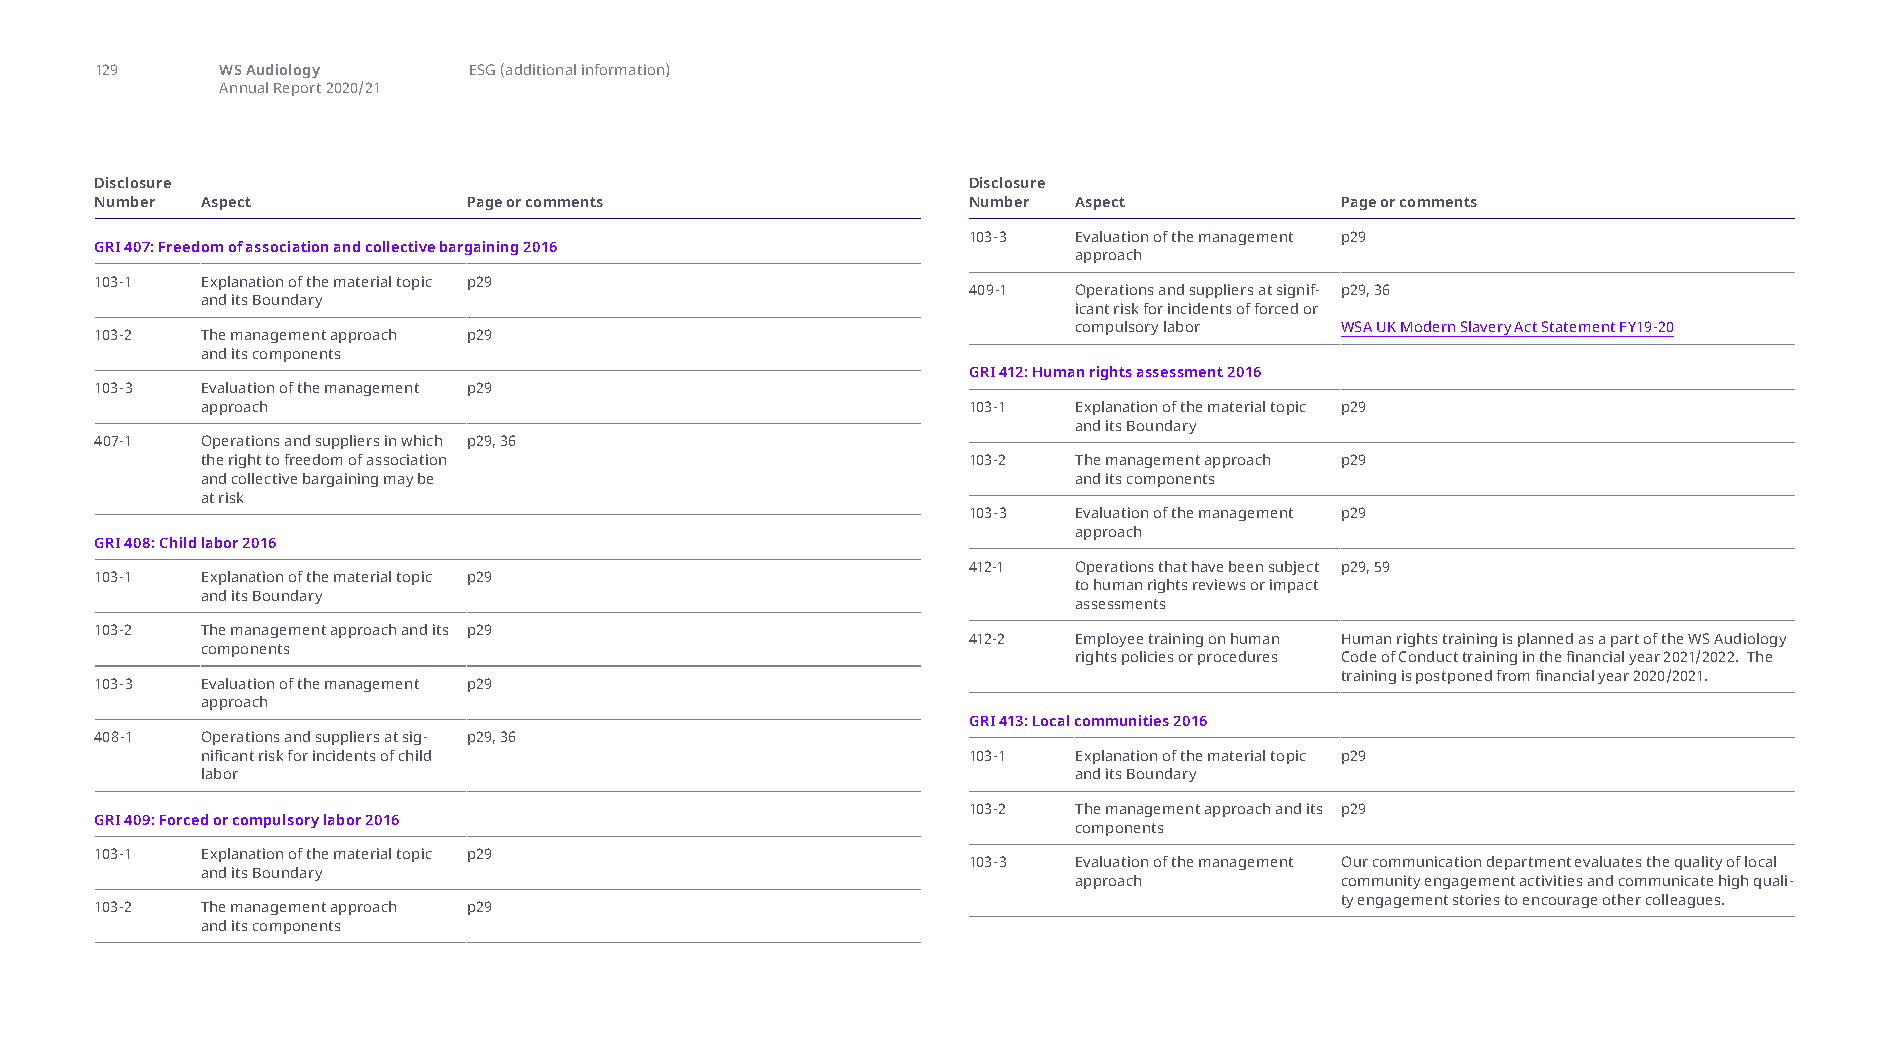
129      WS Audiology    ESG (additional information)
 Annual Report 2020/21
 Disclosure                                                Disclosure
 Number Aspect            Page or comments                 Number Aspect            Page or comments
 103-3  Evaluation of the management p29
 GRI 407: Freedom of association and collective bargaining 2016
 approach
 103-1  Explanation of the material topic p29
 409-1  Operations and suppliers at signif- p29, 36
 and its Boundary
 icant risk for incidents of forced or
 compulsory labor  WSA UK Modern Slavery Act Statement FY19-20
 103-2  The management approach p29
 and its components
 GRI 412: Human rights assessment 2016
 103-3  Evaluation of the management p29
 approach                                           103-1  Explanation of the material topic p29
 and its Boundary
 407-1  Operations and suppliers in which p29, 36
 the right to freedom of association                103-2  The management approach p29
 and collective bargaining may be                          and its components
 at risk
 103-3  Evaluation of the management p29
 approach
 GRI 408: Child labor 2016
 412-1  Operations that have been subject p29, 59
 103-1  Explanation of the material topic p29
 to human rights reviews or impact
 and its Boundary
 assessments
 103-2  The management approach and its p29
 412-2  Employee training on human Human rights training is planned as a part of the WS Audiology
 components
 rights policies or procedures Code of Conduct training in the financial year 2021/2022. The
 training is postponed from financial year 2020/2021.
 103-3  Evaluation of the management p29
 approach
 GRI 413: Local communities 2016
 408-1  Operations and suppliers at sig- p29, 36
 nificant risk for incidents of child               103-1  Explanation of the material topic p29
 labor                                                     and its Boundary
 103-2  The management approach and its p29
 GRI 409: Forced or compulsory labor 2016
 components
 103-1  Explanation of the material topic p29
 103-3  Evaluation of the management Our communication department evaluates the quality of local
 and its Boundary
 approach          community engagement activities and communicate high quali-
 ty engagement stories to encourage other colleagues.
 103-2  The management approach p29
 and its components